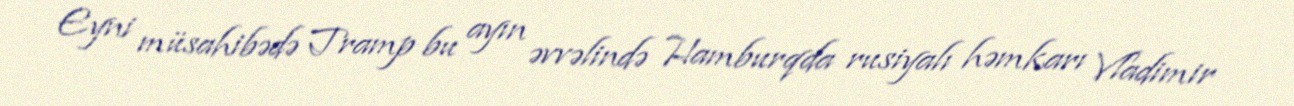
Eyni müsahibədə Tramp bu ayın əvvəlində Hamburqda rusiyalı həmkarı Vladimir